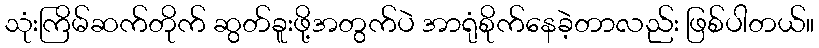
သုံးကြိမ်ဆက်တိုက် ဆွတ်ခူးဖို့အတွက်ပဲ အာရုံစိုက်နေခဲ့တာလည်း ဖြစ်ပါတယ်။